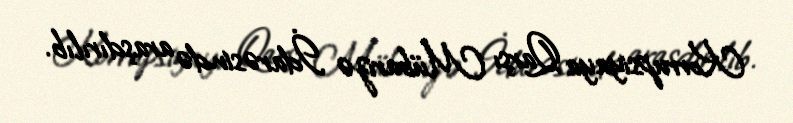
Korrupsiyaya Qarşı Mübarizə İdarəsində araşdırılıb.